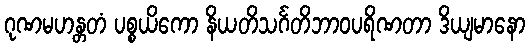
ဂုဏမဟန္တတံ ပစ္စယိကော နိယတိသင်္ဂတိဘာဝပရိဏတာ ဒိယျမာနော